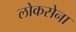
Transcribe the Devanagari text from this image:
लोकसेना